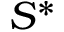
S ^ { * }